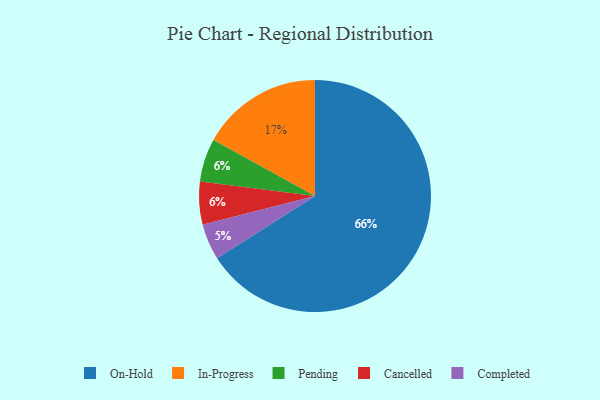
{"axis": {"x": "Category", "y": "Percentage"}, "legend": ["Cancelled", "Completed", "In-Progress", "On-Hold", "Pending"], "data": [{"x": "On-Hold", "y": 66, "type": "On-Hold"}, {"x": "In-Progress", "y": 17, "type": "In-Progress"}, {"x": "Pending", "y": 6, "type": "Pending"}, {"x": "Cancelled", "y": 6, "type": "Cancelled"}, {"x": "Completed", "y": 5, "type": "Completed"}]}